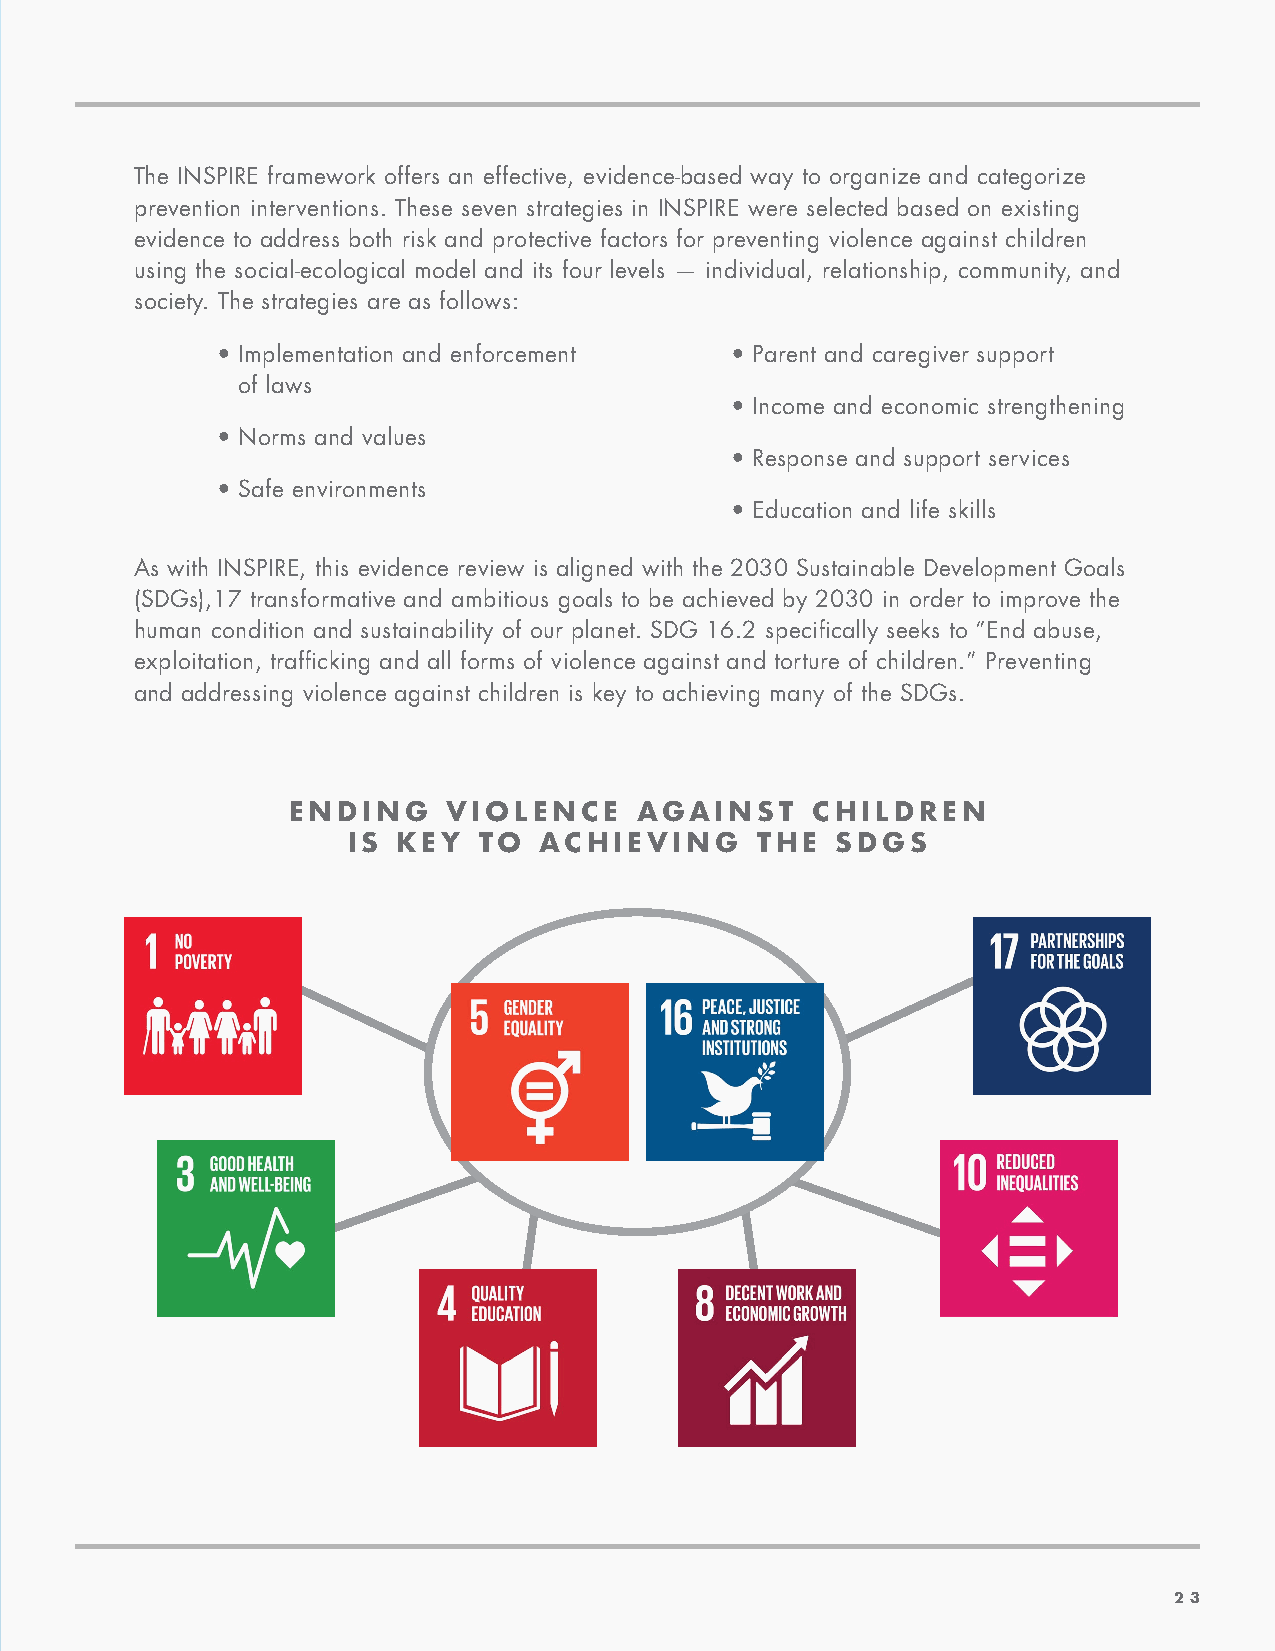
The INSPIRE framework offers an effective, evidence-based way to organize and categorize
 prevention interventions. These seven strategies in INSPIRE were selected based on existing
 evidence to address both risk and protective factors for preventing violence against children
 using the social-ecological model and its four levels — individual, relationship, community, and
 society. The strategies are as follows:
 • Implementation and enforcement  • Parent and caregiver support
 of laws
 • Income and economic strengthening
 • Norms and values
 • Response and support services
 • Safe environments
 • Education and life skills
 As with INSPIRE, this evidence review is aligned with the 2030 Sustainable Development Goals
 (SDGs),17 transformative and ambitious goals to be achieved by 2030 in order to improve the
 human condition and sustainability of our planet. SDG 16.2 specifically seeks to “End abuse,
 exploitation, trafficking and all forms of violence against and torture of children.” Preventing
 and addressing violence against children is key to achieving many of the SDGs.
 ENDING     VIOLENCE    AGAINST     CHILDREN
 IS KEY   TO  ACHIEVING     THE  SDGS
 23